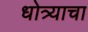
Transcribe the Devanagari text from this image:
धोत्र्याचा